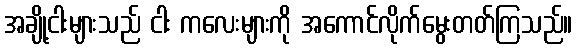
အချို့ငါးများသည် ငါး ကလေးများကို အကောင်လိုက်မွေးတတ်ကြသည်။